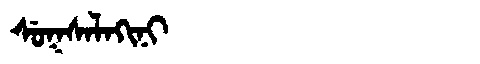
Manchu: ᠰᡠᡴᠰᠠᠯᠠᡴᡳᠨᡳ
Romanization: SUKSALAKINI